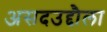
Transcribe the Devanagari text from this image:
असदउद्दौला